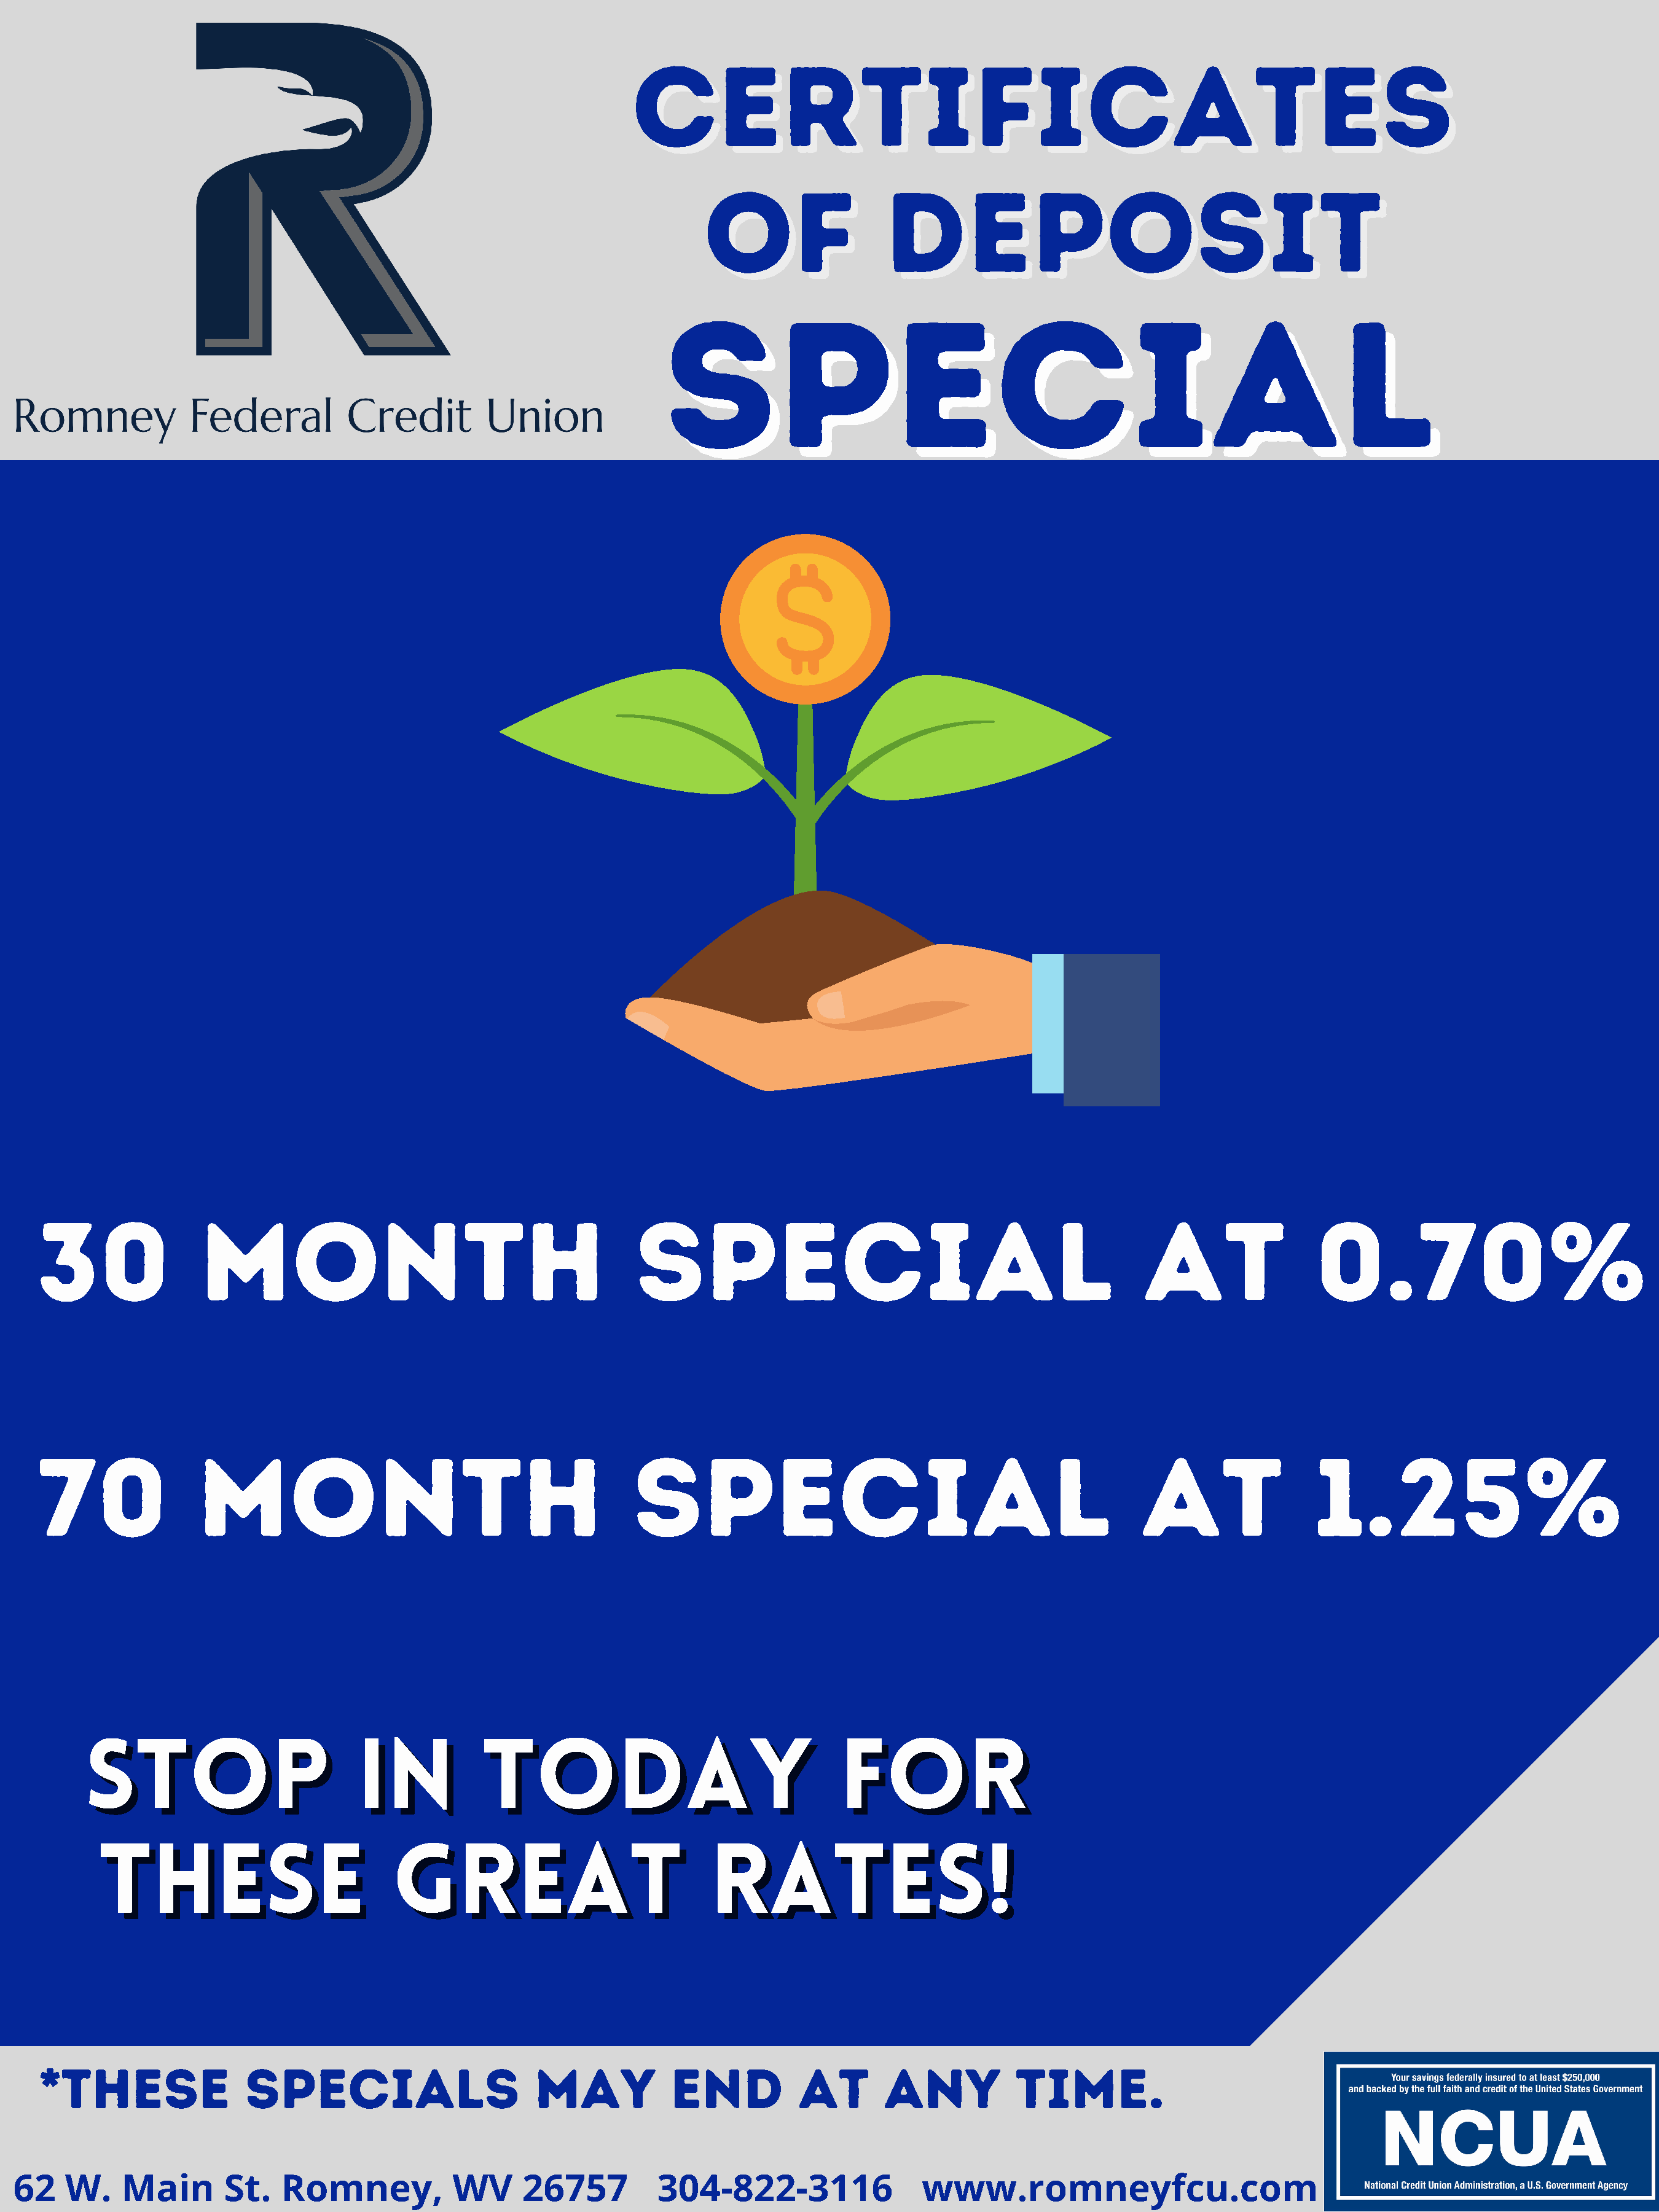
Certificates
 Certificates
 of                 Deposit
 of                 Deposit
 Special
 Special
 30                Month                                         Special                                                at                 0.70%
 70               Month                                          Special                                                at                1.25%
 Stop                         in            today                                 for
 Stop                         in            today                                 for
 these                          great                              rates!
 these                           great                             rates!
 *These                specials                        may           end           at       any           time.
 62    W.    Main       St.   Romney,            WV     26757          304-822-3116                www.romneyfcu.com